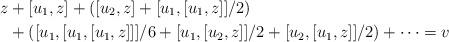
LaTeX: \begin{align*}z&+[u_1,z]+([u_2,z]+[u_1,[u_1,z]]/2)\\&+([u_1,[u_1,[u_1,z]]]/6+[u_1,[u_2,z]]/2+[u_2,[u_1,z]]/2)+\dots=v\end{align*}